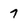
Character: 7